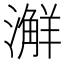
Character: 𣿨